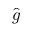
\hat { g }